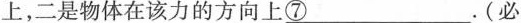
上,二是物体在该力的方向上\underline{⑦}。（必